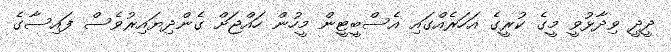
ދީދީ ވިދާޅުވީ މީގެ ކުރީގެ އަހަރެއްގައި އެސްބީޓީން މީހުން ހައްޖަށް ގެންދިޔައިރުވެސް ފައިސާގެ